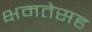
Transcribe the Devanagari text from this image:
क्षमतेसह